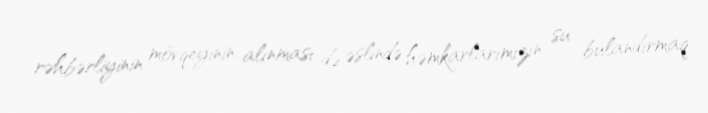
rəhbərliyinin mövqeyinin alınması də əslində həmkarlarımızın su bulandırmaq